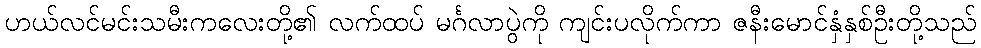
ဟယ်လင်မင်းသမီးကလေးတို့၏ လက်ထပ် မင်္ဂလာပွဲကို ကျင်းပလိုက်ကာ ဇနီးမောင်နှံနှစ်ဦးတို့သည်